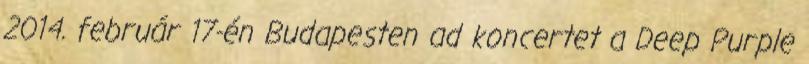
2014. február 17-én Budapesten ad koncertet a Deep Purple